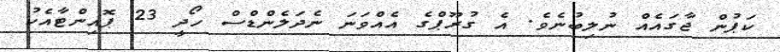
ކަޕުން ޖާގައެއް ނުލިބުނެވެ. އެ ގުރޫޕްގެ އެއްވަނަ ނެދަލެންޑްސް ހޯދީ 23 ޕޮއިންޓާއެކު